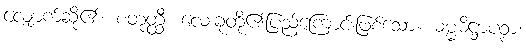
လျှောက်ဆို၏။ စတုတ္ထီ၊ လေးခုတို့၏ပြည့်ကြောင်းဖြစ်သော။ ဓမ္မဓိဋ္ဌာပဉှာ၊